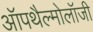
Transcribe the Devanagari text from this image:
ऑपथैल्मोलॉजी